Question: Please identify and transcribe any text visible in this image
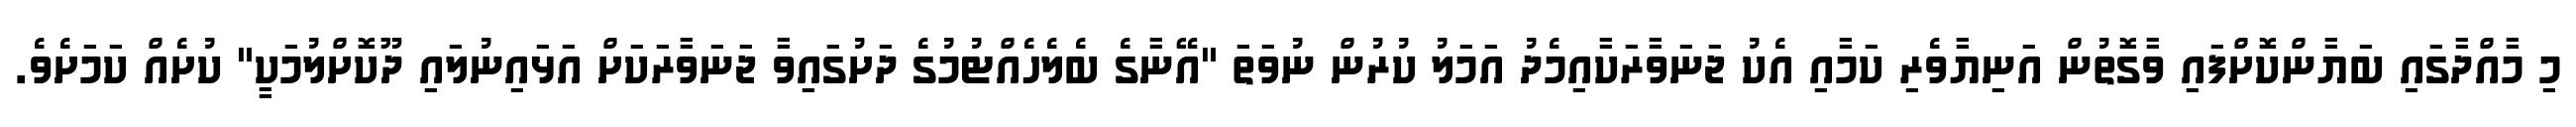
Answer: މި މާއްދާގައި ބަޔާންކޮށްފައި ވާގޮތުން އަނިޔާވެރި ކަމާއި އެކު ޖަނަވާރަކާއިމެދު އަމަލު ކުރުން ނުވަތަ "އޭނާގެ ބެލެހެއްޓުމުގެ ދަށުގައިވާ ޖަނަވާރަކަށް އަޅައިނުލައި ދޫކޮށްލުމަކީ" ކުށެއް ކަމަށެވެ.